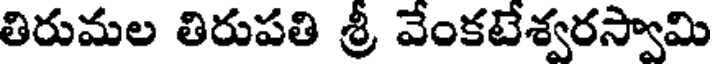
తిరుమల తిరుపతి శ్రీ వేంకటేశ్వరస్వామి